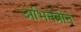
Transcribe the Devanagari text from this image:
अभिनेत्रीने